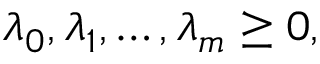
\lambda _ { 0 } , \lambda _ { 1 } , \ldots , \lambda _ { m } \geq 0 ,